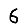
Digit: 6